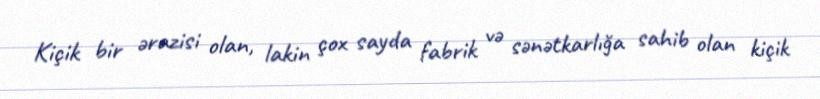
Kiçik bir ərazisi olan, lakin çox sayda fabrik və sənətkarlığa sahib olan kiçik